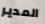
المدير